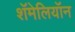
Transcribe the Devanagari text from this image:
शॅमेलियॉन